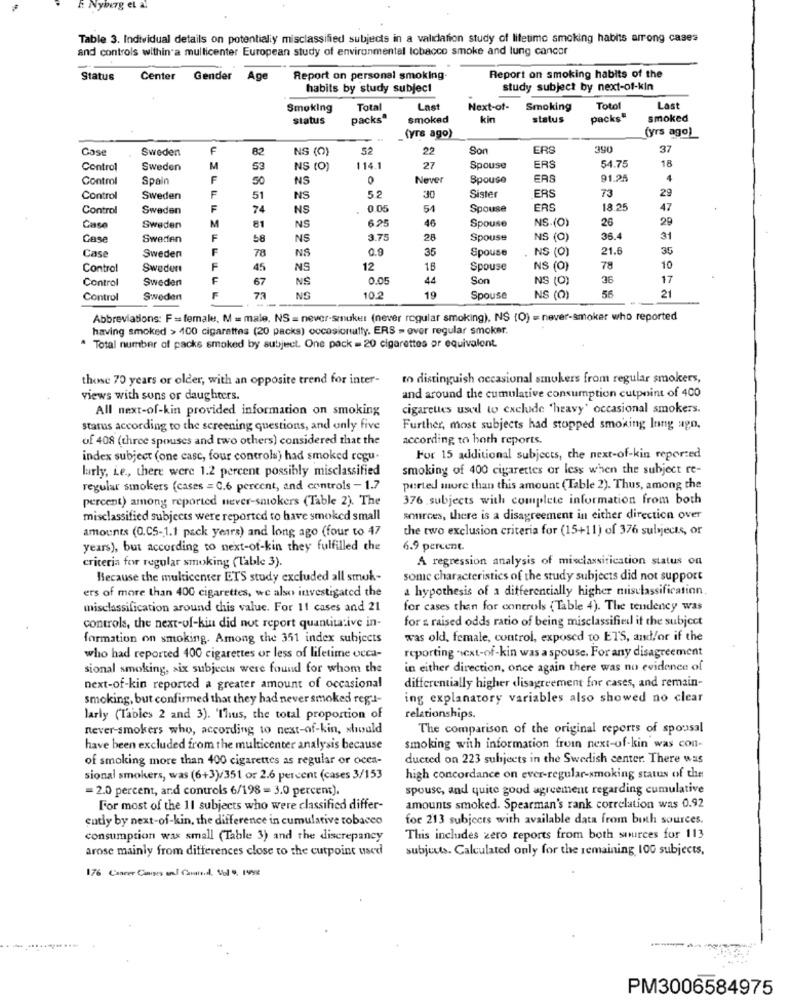
# Nyburg el al
Table 3. Individual details on potentially misclassified subjects in a validation study of lifetime smoking habits arrong cases
and controls within a multicenter European study of environmental tobacco smoke and lung cancer
Status
Center Gender Age
Report on personal smoking
Report on smoking habits of the
habits by study subject
study subject by next-of-kin
Smoking
Total
Last
Next-of-
Smoking
Totol
Last
status
packs"
smoked
kin
status
packs"
smoked
_(yrs ago)
(yrs ago)
Case
Sweden
F
82
NS (0)
52
22
Son
ERS
390
37
54.75
Control
Sweden
M
53
NS (0)
114.1
27
Spouse
ERS
18
Control
Spain
F
50
NS
0
Never
Spouse
ERS
91.25
4
29
Control
Sweden
F
51
NS
52
30
Sister
ERS
73
Control
Sweden
F
74
NS
0.05
Spouse
ERS
18.25
47
$25
NS.(0)
26
29
Case
Sweden
M
81
NS
46
Spouse
Case
Sweden
F
58
NS
3.75
28
Spouse
NS (0)
36.4
31
F
09
35
Spouse
NS (0)
21.6
35
Case
Sweden
78
NS
Control
Sweden
F
45
NS
12
16
Spouse
NS (0)
78
10
Contro
Sweden
67
NS
0.00
Son
NS (0)
36
17
E
56
Control
Sweden
73
NG
10.2
19
Spouse
NS (0)
21
Abbreviations: F = female, M = male, NS = never-smuket (never regular smoking), NS (O) = never-smoker who reported
having smoked > 400 cigarettes (20 packs) occasionally. ERS = over regular smoker.
Total number of packs smoked by subject. One pack = 20 cigarettes or equivalent.
those 70 years or older, with an opposite trend for inter-
to distinguish occasional smokers from regular smokers,
views with sons or daughters.
and around the cumulative consumption cutpoint of 400
All next-of-kin provided information on smoking
cigarettes used to exclude 'heavy' occasional smokers.
status according to the screening questions, and only five
Further, most subjects had stopped smoking long ago,
of 408 (three spouses and two others) considered that the
according to both reports.
index subject (one casc, four controls) had smoked regu.
For 15 additional subjects, the next-of-kin reported
larly, Le ., there were 1.2 percent possibly misclassified
smoking of 400 cigarettes or less when the subject re-
regular smokers (cases = C.6 percent, and controls - 1.7
perted more than this amount (Table 2). Thus, among the
percent) among reported never-smokers (Table 2). The
376 subjects with complete information from both
misclassified subjects were reported to have smoked small
sources, there is a disagreement in either direction over
amounts (0.05-1.1 pack years) and long ago (four to 47
the two exclusion criteria for (15+11) of 376 subjects, or
years), but according to next-of-kin they fulfilled the
6.9 percent.
criteria for regular smoking (Table 3).
A regression analysis of mixclassification status on
Because the multicenter ETS study excluded all smuk-
some characteristics of the study subjects did not support
a hypothesis of a differentially higher misclassification
ers of more than 400 cigarettes, we also investigated the
misclassification around this value. For 11 cases and 21
for cases than for controls ( Table 4). The tendency was
for & raised odds ratio of being misclassified it the subject
controls, the next-of-kiu did not report quantitative in-
formation on smoking. Among the 351 index subjects
was old, female, control, exposed to ETS, and/or if the
reporting next-of-kin was a spouse. For any disagreement
who had reported 400 cigarettes or less of lifetime occa-
sional smoking, six subjects were found for whom the
in either direction, once again there was no evidence of
next-of-kin reported a greater amount of occasional
differentially higher disagreement for cases, and remain-
smoking, but confirmed that they had never smoked regi-
ing explanatory variables also showed no clear
larly (Tables 2 and 3). 'Thus, the total proportion of
relationships.
never-smokers who, according to next-of-kin, should
The comparison of the original reports of spousal
have been excluded from the multicenter analysis because
smoking with information froin next-of-kin was con-
of smoking more than 400 cigarettes as regular or ocea-
ducted on 223 subjects in the Swedish center. There was
sional smokers, was (6+3)/351 or 2.6 percent (cases 3/153
high concordance on ever-regular-smoking status of the
= 2.0 percent, and controls 6/198 = 3.0 percent).
spouse, and quite good agreement regarding cumulative
For most of the 11 subjects who were classified differ-
amounts smoked. Spearman's rank correlation was 0.92
ently by next-of-kin, the difference in cumulative tobacco
for 213 subjects with available data from binh sources.
consumption was small (Table 3) and the discrepancy
This includes zero reports from both sources for 113
arose mainly from differences close to the cutpoint used
subjects. Calculated only for the remaining 100 subjects,
176 Cancer Cases in Good, Vol . 1998
PM3006584975